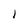
Character: I